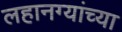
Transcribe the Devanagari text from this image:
लहानग्यांच्या